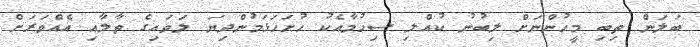
ބަލަން ތިބި މީހުންނަށް ލިބުނު ކުއްލި ސިހުމާއެކު ހުށަހަޅަމުންދިޔަ ލަވައިގެ ތާލާއި އެއްވަރަށް